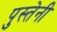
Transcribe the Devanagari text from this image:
पुस्तेनी